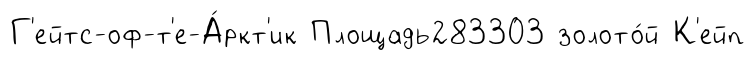
Г'ейтс-оф-т'е-А́ркт'ик Площадь283303 золото́й К'ейп